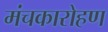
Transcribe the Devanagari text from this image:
मंचकारोहण